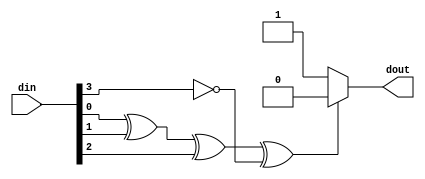
module parity_check (
    input [3:0] din,
    output dout
);

assign dout = (din[0] ^ din[1] ^ din[2] ^ din[3] == 1'b0)? 1'b0 : 1'b1;
    
endmodule